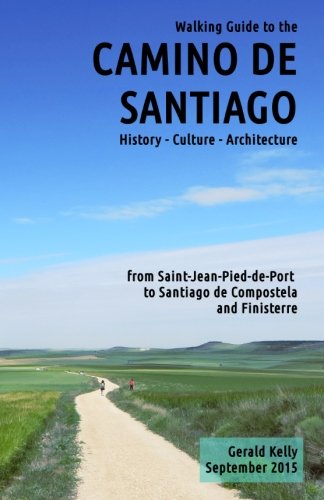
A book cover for Walking Guide to the Camino de Santiago History Culture Architecture: from St Jean Pied de Port to Santiago de Compostela and Finisterre (Volume 1); Mr Gerald Kelly; Travel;